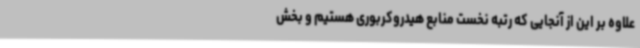
علاوه بر این از آنجایی که رتبه نخست منابع هیدروکربوری هستیم و بخش